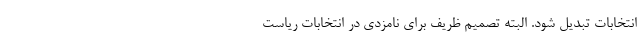
انتخابات تبدیل شود. البته تصمیم ظریف برای نامزدی در انتخابات ریاست